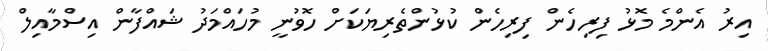
އިރު އެންމެ މޮޅު ފިރިހެން ފިރިހެން ކުޅުންތެރިޔަކަށް ހޮވުނީ މުހައްމަދު ޝައްފާން އިސްމާއިލް